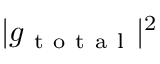
| { g _ { \mathrm { ~ t ~ o ~ t ~ a ~ l ~ } } } | ^ { 2 }